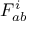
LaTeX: F _ { a b } ^ { i }